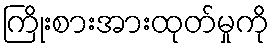
ကြိုးစားအားထုတ်မှုကို